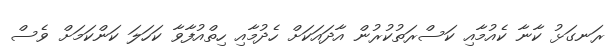
ރަނގަޅު ކާނާ ކެއުމާއި ކަސްރަތުކުރުން އާދައަކަށް ހެދުމާއި ހިތްއުފާވާ ކަހަލަ ކަންކަމަށް ވެސް